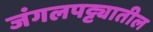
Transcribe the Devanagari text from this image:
जंगलपट्ट्यातील